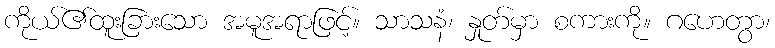
ကိုယ်၏ထူးခြားသော အမူအရာဖြင့်။ သာသနံ၊ နှုတ်မှာ စကားကို။ ဂဟေတွာ၊